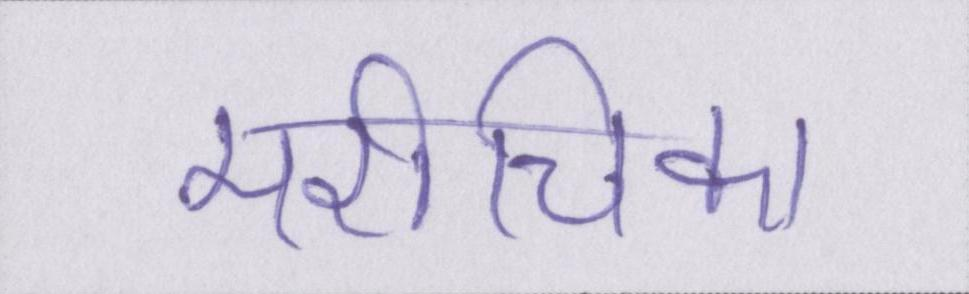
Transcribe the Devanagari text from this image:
मरीचिका